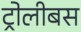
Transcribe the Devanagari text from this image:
ट्रोलीबस